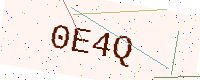
Text: 0E4Q